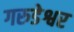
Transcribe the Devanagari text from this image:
गरुडेश्वर